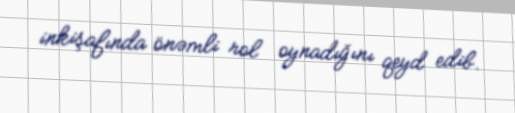
inkişafında önəmli rol oynadığını qeyd edib.